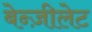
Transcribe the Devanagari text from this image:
बेन्ज़ीलेट